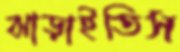
ঝাড়াইতিস